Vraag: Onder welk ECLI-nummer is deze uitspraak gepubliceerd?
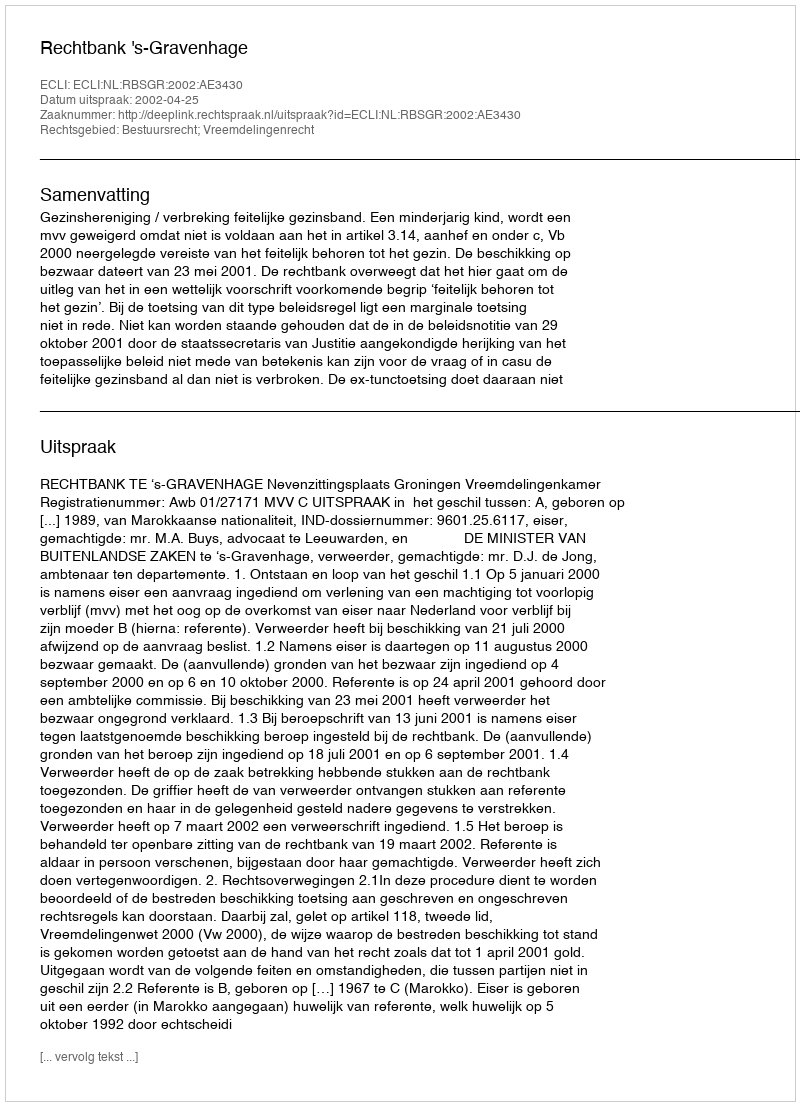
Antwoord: ECLI:NL:RBSGR:2002:AE3430